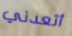
أتعدني